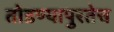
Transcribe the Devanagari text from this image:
तोडण्यापुरतेच